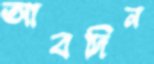
আবদিন